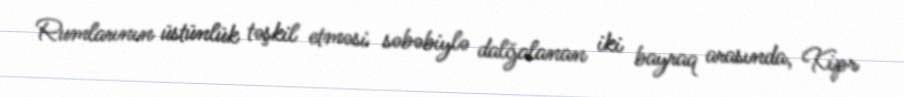
Rumlarının üstünlük təşkil etməsi səbəbiylə dalğalanan iki bayraq arasında, Kipr